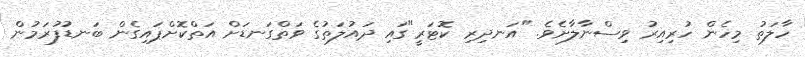
ހާލަތު މިހެން ހުރިއިރު ވިސްނާލާށެވެ. "އަނދިރި ކޮޓަރީ"ގައި ދައުލަތުގެ ވަތްގަނޑަށް އަތްކޮށްޕައިގެން ބަނޑުފުރަމުން